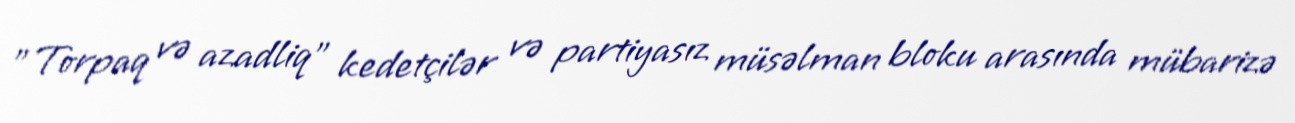
"Torpaq və azadliq" kedetçilər və partiyasız müsəlman bloku arasında mübarizə